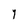
Character: y